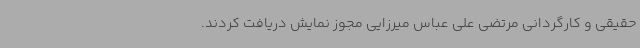
حقیقی و کارگردانی مرتضی علی عباس میرزایی مجوز نمایش دریافت کردند.